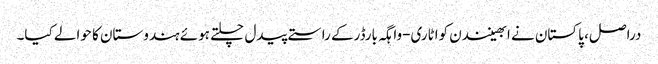
دراصل، پاکستان نے ابھینندن کواٹاری-واہگہ بارڈرکے راستے پیدل چلتے ہوئے ہندوستان کا حوالے کیا۔